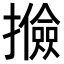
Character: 𢸟